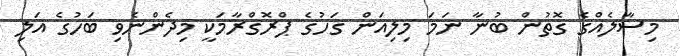
މިސާލެއްގެ ގޮތުން ބުނާ ނަމަ މިލިއަން ގަހުގެ ޕްރޮގްރާމަކީ މިދެންނެވި ބަހުގެ އަލި